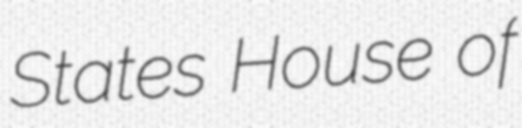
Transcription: States House of